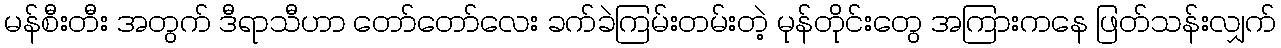
မန်စီးတီး အတွက် ဒီရာသီဟာ တော်တော်လေး ခက်ခဲကြမ်းတမ်းတဲ့ မုန်တိုင်းတွေ အကြားကနေ ဖြတ်သန်းလျှက်